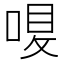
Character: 𠷙